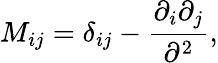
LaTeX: M_{ij}=\delta_{ij}-{\frac{\partial_{i}\partial_{j}}{\partial^{2}}},